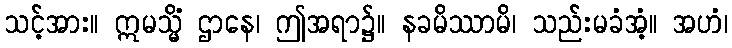
သင့်အား။ ဣမသ္မိံ ဌာနေ၊ ဤအရာ၌။ နခမိဿာမိ၊ သည်းမခံအံ့။ အဟံ၊